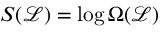
S ( \mathcal { L } ) = \log \Omega ( \mathcal { L } )